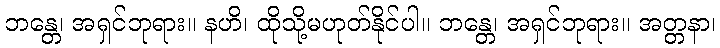
ဘန္တေ၊ အရှင်ဘုရား။ နဟိ၊ ထိုသို့မဟုတ်နိုင်ပါ။ ဘန္တေ၊ အရှင်ဘုရား။ အတ္တနာ၊